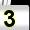
Digit: 3